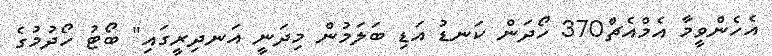
އެހެންވީމާ އެމްއެޗް370 ހޯދަން ކަނޑު އަޑި ބަލަމުން މިދަނީ އަނދިރީގައި" ބޯޓު ހޯދުމުގެ